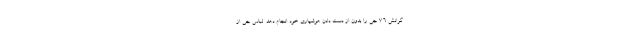
گرانش 7.6 جی را بدون از دست دادن هوشیاری خود انجام دهد. لباس جی از